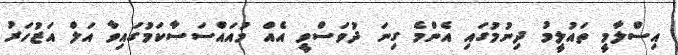
އިސްލާމީ ތައުލީމު ދިނުމުގައި އެންމެ ގިނަ ދުވަސްވީ އެއް މުއައްސަސާކަމުގައިވާ އަލް އަޒުހަރު